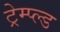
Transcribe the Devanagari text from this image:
ट्रेम्प्ल्ड